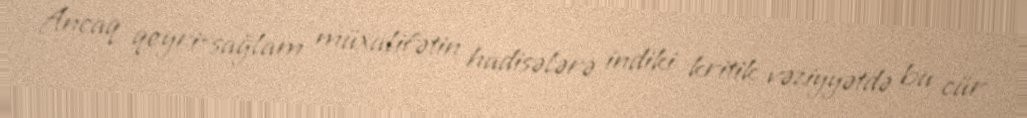
Ancaq qeyri-sağlam müxalifətin hadisələrə indiki kritik vəziyyətdə bu cür